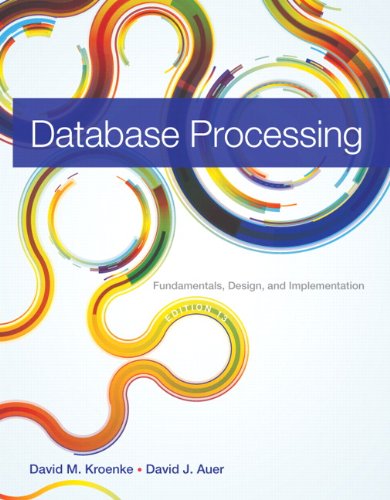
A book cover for Database Processing: Fundamentals, Design, and Implementation (13th Edition); David M. Kroenke; Computers & Technology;